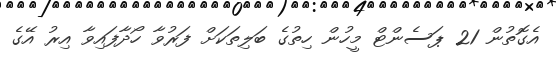
އެގޮތުން 21 ޕަސެންޓް މީހުން ހިތުގެ ބަލިތަކަށް ފަރުވާ ހޯދާފައިވާ އިރު އޭގެ